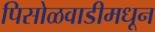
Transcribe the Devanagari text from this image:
पिसोळवाडीमधून